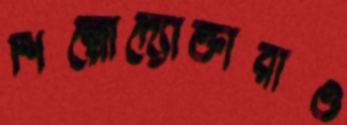
শিল্পোদ্যোক্তারাও